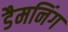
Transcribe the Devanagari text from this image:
डैमनिंग